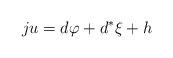
LaTeX: \begin{align*}ju=d\varphi+d^*\xi+h\end{align*}